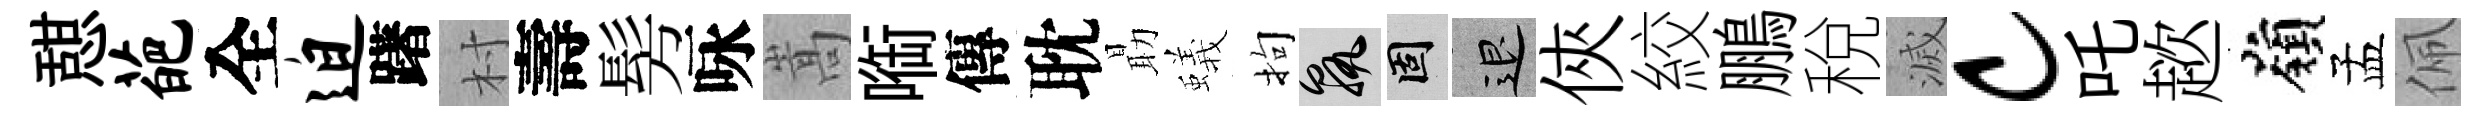
憇葩全迫躇村壽髣咏嵩㗸傳耽朂蟻拘孰固退俠絞鵬稅滅c吒趑嶺孟佩